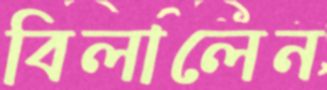
বিলালেন